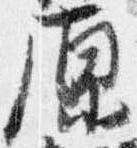
原